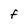
Character: F